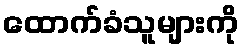
ထောက်ခံသူများကို